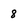
Character: 8